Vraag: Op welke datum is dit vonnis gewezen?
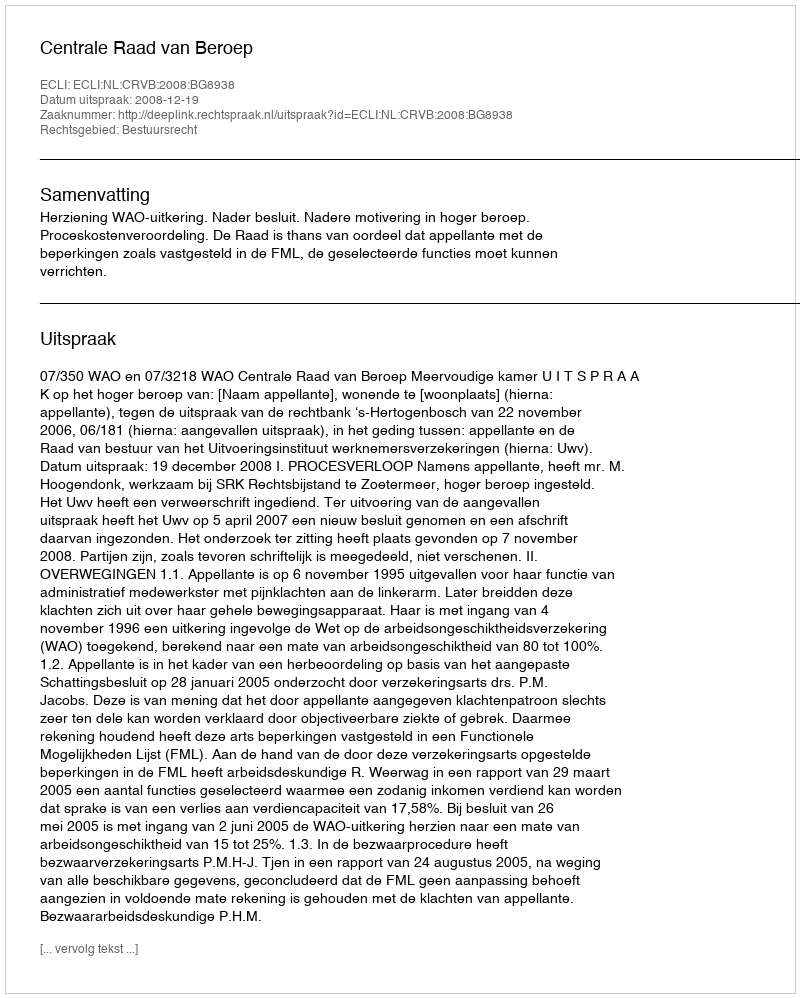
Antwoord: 2008-12-19